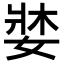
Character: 𡞓